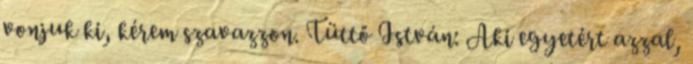
vonjuk ki, kérem szavazzon. Tüttő István: Aki egyetért azzal,